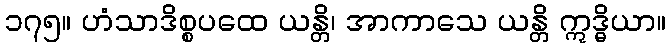
၁၇၅။ ဟံသာဒိစ္စပထေ ယန္တိ၊ အာကာသေ ယန္တိ ဣဒ္ဓိယာ။